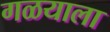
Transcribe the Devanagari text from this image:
गळयाला